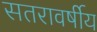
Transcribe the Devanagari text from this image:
सतरावर्षीय